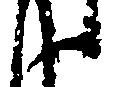
候